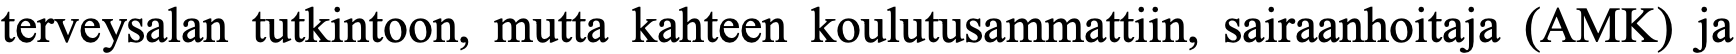
terveysalan tutkintoon, mutta kahteen koulutusammattiin, sairaanhoitaja (AMK) ja